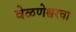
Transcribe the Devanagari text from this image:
वेळणेश्वरचा